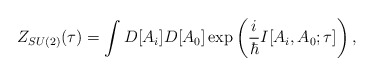
\begin{align*}Z_{SU(2)}(\tau) = \int D[A_i]D[A_0] \exp\left(\frac{i}{\hbar} I[A_i,A_0;\tau]\right),\end{align*}